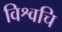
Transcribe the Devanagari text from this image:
विश्वचि